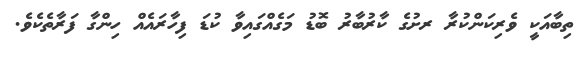
ތިބާއަކީ ވެރިކަންކުރާ ރށުގެ ކާރުބާރު ބޮޑު މަގެއްގައިވާ ކުޑަ ފިހާރައެއް ހިންގާ ފަރާތެކެވެ.